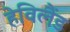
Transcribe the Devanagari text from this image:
हेविलैंड